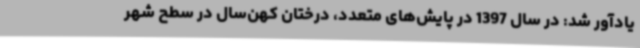
یادآور شد: در سال 1397 در پایش‌های متعدد، درختان کهن‌سال در سطح شهر